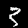
Digit: 3